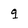
Character: q